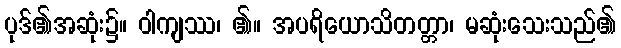
ပုဒ်၏အဆုံး၌။ ဝါကျဿ၊ ၏။ အပရိယောသိတတ္တာ၊ မဆုံးသေးသည်၏